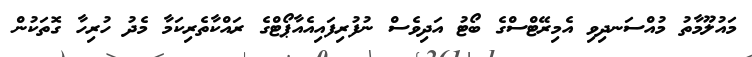
މައުލޫމާތު މުއްސަނދިވި އެމިރޭޓްސްގެ ބޯޓު އަދިވެސް ނުފުރިފައިއެއާޕޯޓްގެ ރައްކާތެރިކަމާ މެދު ހުރިހާ ގޮތަކުން